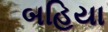
બહિયા